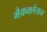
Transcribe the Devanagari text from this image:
मैकक्लेलन